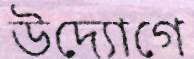
উদ্যোগে